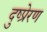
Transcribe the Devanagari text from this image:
दुष्प्रेरण